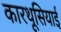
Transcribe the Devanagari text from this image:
कारथूसियाई